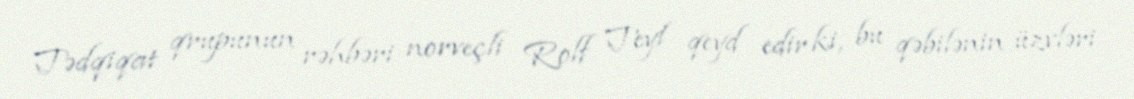
Tədqiqat qrupunun rəhbəri norveçli Rolf Teyl qeyd edir ki, bu qəbilənin üzvləri